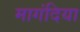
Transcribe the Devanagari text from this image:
मागंदिया